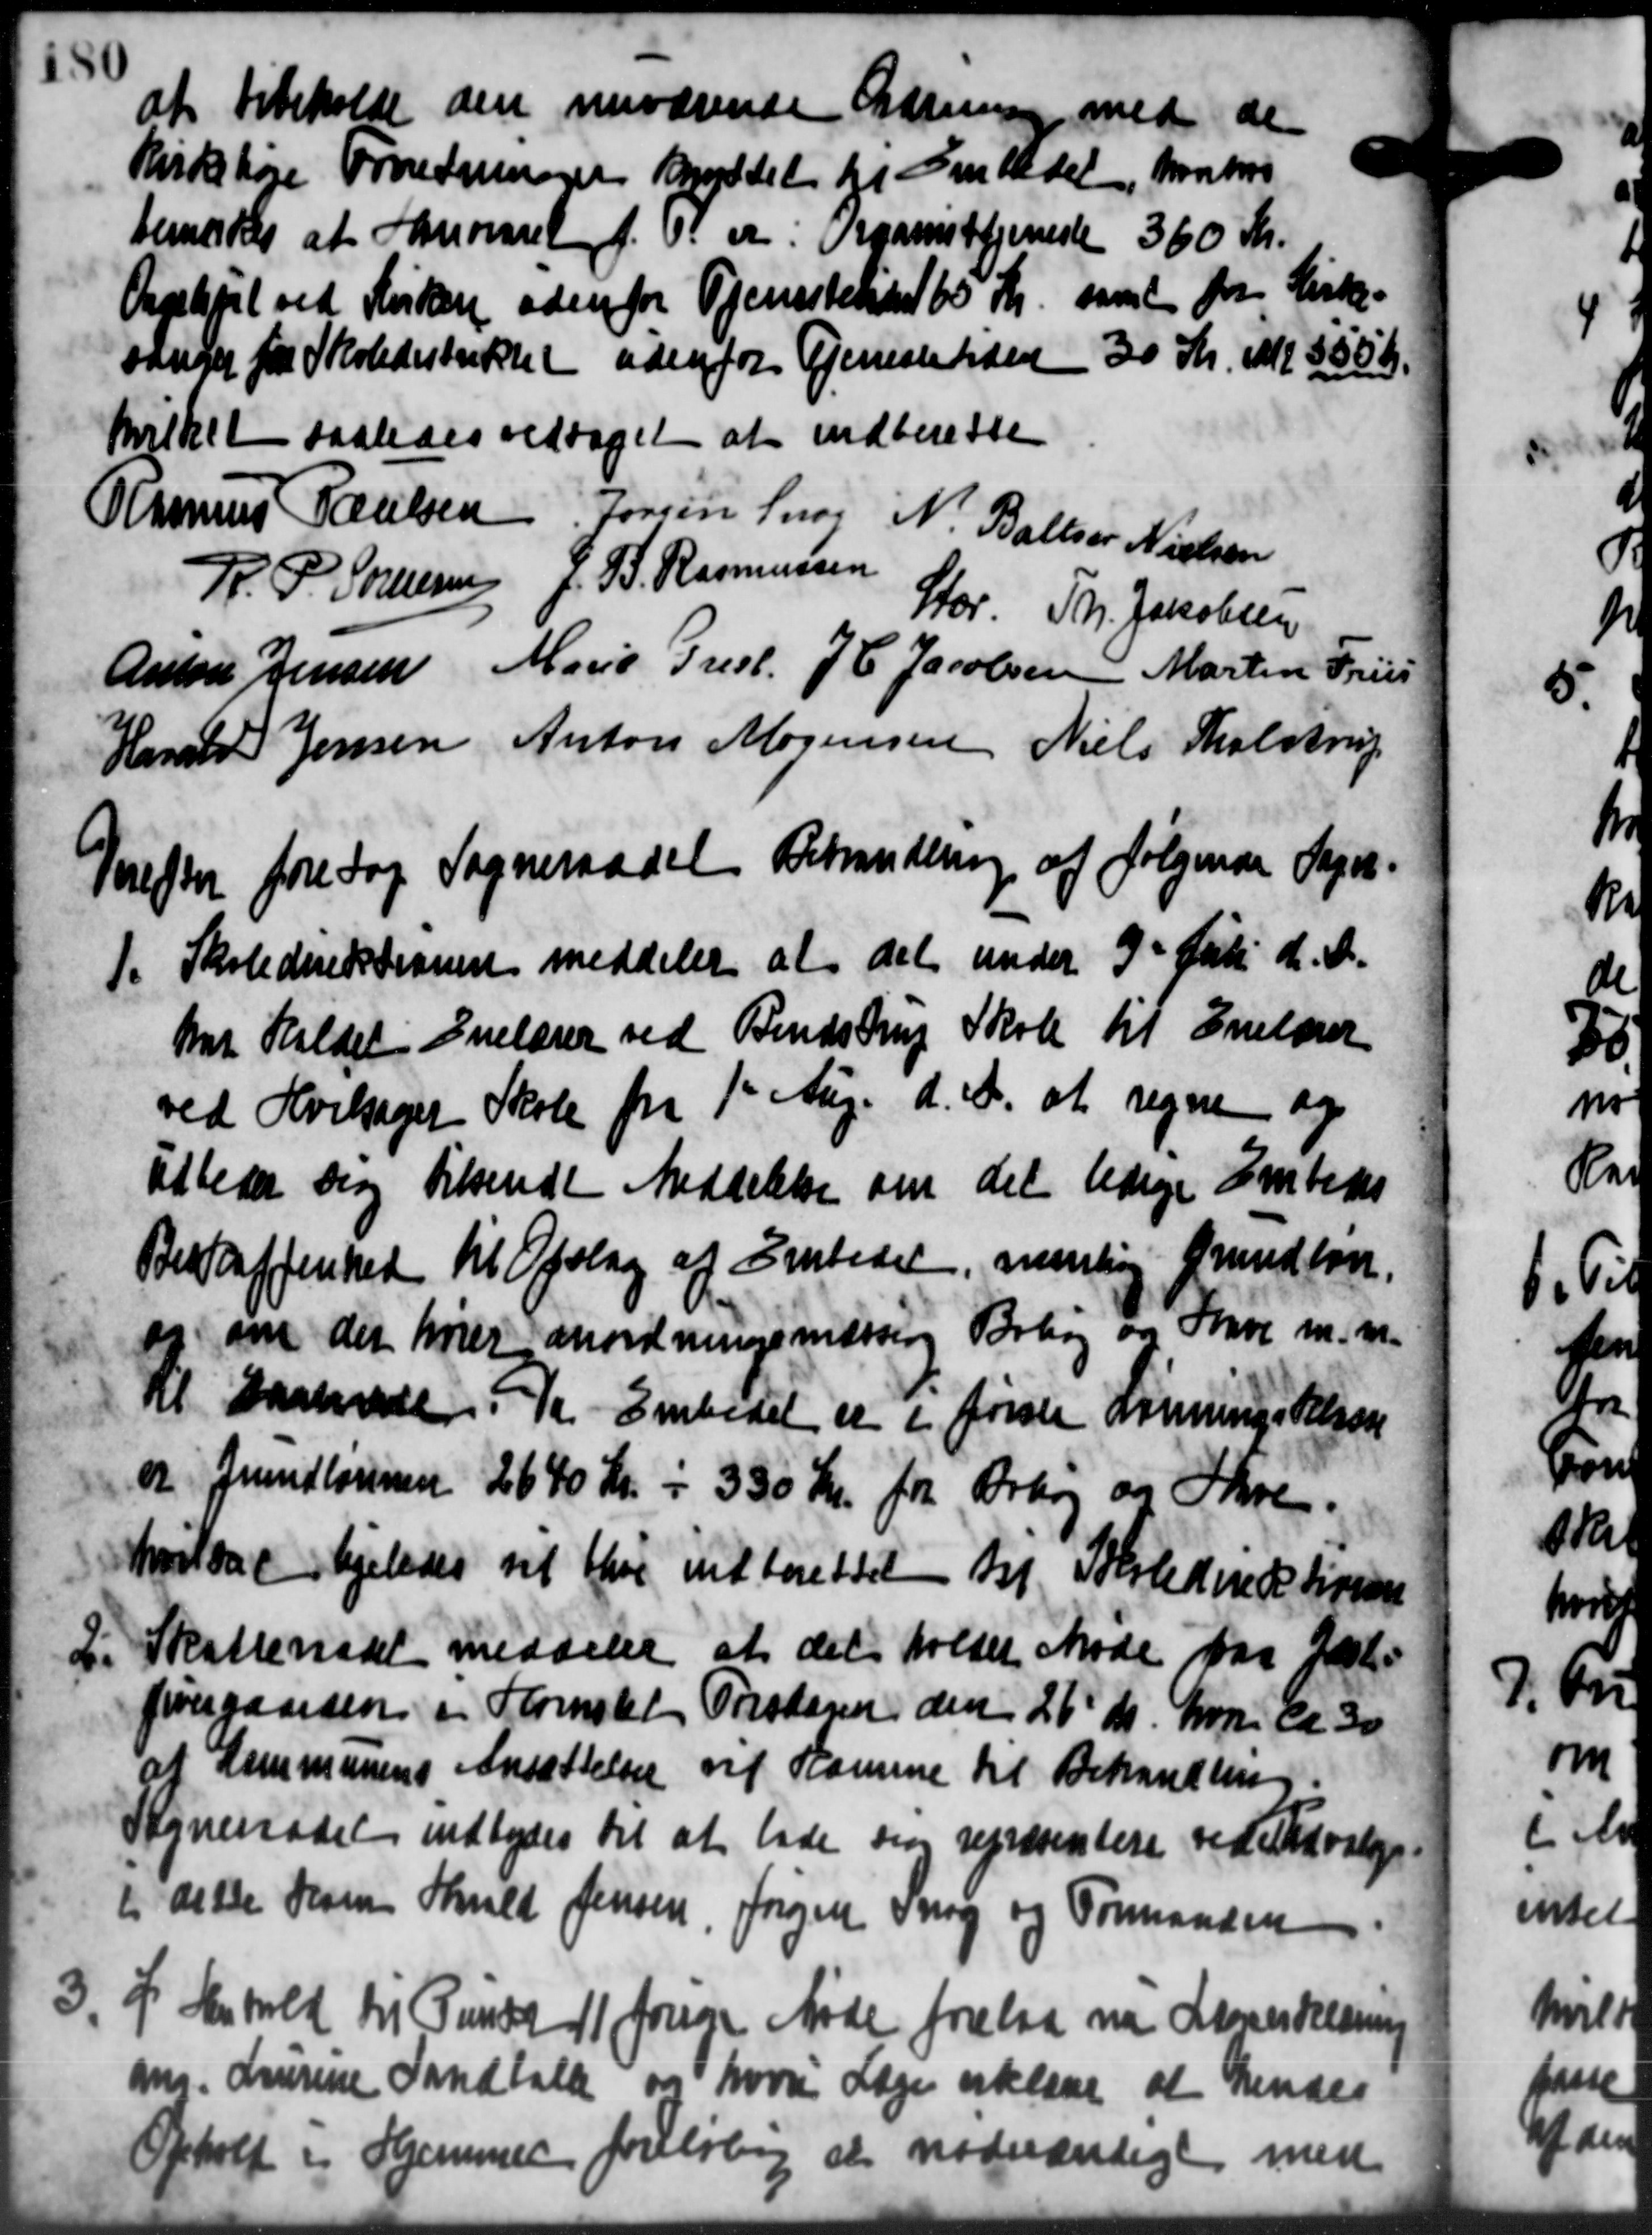
Transskription:
at bibeholde den nuværende Ordrening med de
Kirkehøre Foredninger Bryddet til Embedet, hvorhos
bemærkes at Sommonsel f. v. er. Organisttjeneste 360 Kr.
samt for Kirke-
Orplejet ved Kirken udenfor Tjenestetien 60 Kr.
sanger fra Skoledistriktet udenfor Tjenesteksted 30 Kr. M. 555
hvilket saaledes vedtaget at indberette
Rasmus Poulsen Jørgen Snog N. Ballsen Nielsen
R. P. Sørensen J. P. Rasmussen
Stor. Th. Jakobsen
Anton Jensen Marie Prest J C Jacobsen Martin Fri
Harald Jensen Anton Mogensen Niels Tholstrup
Derefter foretage Sogneraadet Betrandering af følgende Sagen
1. Skoledirektionen meddeler at det under 9 Juli d. A.
1. Skoledirektionen meddeler at det under 9 Juli d. A.
maet Holdet Enelærer ved Bendstrup Skole til Enelærer
ved Hvilsager Skole fra 1st Aug. d. A. at regne og
Elbeder sig tilsendt Meddelelse om det ledige Embeds
Beskaffenhed til Opslag af Embedet, nemlig Grundløn.
er om der hører anordningsmæssig Behøj og Stave m. m.
til saalede Embedet er i første omnings Velgaa
og Grundlønnen 2640 Kr. i 350 Kr. fra Arbog og Skre.
hvilkal ligeledes til blive indberettet bl. Tolstedirektionen
2. Skatterådet meddeler at det holdet Møde paa Jæl-
2. Skatterådet meddeler at det holdet Møde paa Jæl-
førergaardene i Hornslet Tirsdagen den 26' ds. hvori ca. 30
af Kommunens Ansættelser vil Komme til Behandling.
Sogneraadet indbydes til at lade sig repræsentere ved Udvalge
ti dette Olsen Skild Jensen, Jørgen Snog og Formanden
3. I Henhold til Punkt 11 forige Møde forelaa nu Læreskredning
3. I Henhold til Punkt 11 forige Møde forelaa nu Læreskredning
am. Laurine Sandballe og hvori Læge erklære at hendes
Ophold i Hjemmer foreløbig at nødvændige med